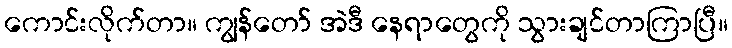
ကောင်းလိုက်တာ။ ကျွန်တော် အဲဒီ နေရာတွေကို သွားချင်တာကြာပြီ။